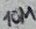
Text: 10M